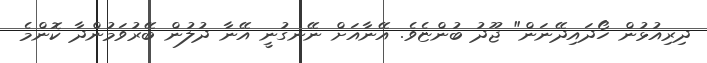
ދިރިއުޅުން ހޯދައިދޭނަން" ޖޫދު ބުންޏެވެ. އޭނާއަށް ނޭނގުނީ އޭނާ ދުލުން ބޭރުވަމުންދާ ކޮންމެ